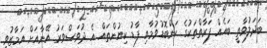
ބަދަލުވާތީ ބައެއް ފަރާތްތަކުގެ ކަންބޮޑުވުމާއި ފާޑު ކިޔުންތައް އެ ދުވަސްވަރު އޭނާއަށް އަމާޒުވި